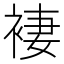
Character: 褄